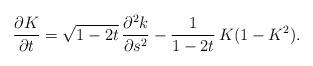
LaTeX: \begin{align*} \dfrac{\partial K}{\partial t}= \sqrt{1-2t}\,\dfrac{\partial^2 k}{\partial s^2} -\dfrac{1}{1-2t}\, K (1 - K^2).\end{align*}